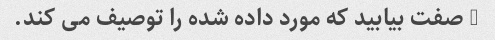
5 صفت بیابید که مورد داده شده را توصیف می کند.